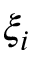
\xi _ { i }